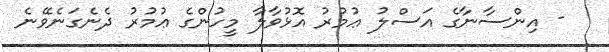
- އިންސާނާގެ އަސްލު ޢުމުރު އޮޅުވާލާ މީހުންގެ ޢުމުރު ދެނެގަނެވޭނެ